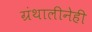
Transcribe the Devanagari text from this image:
ग्रंथालीनेही